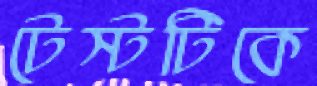
টেস্টটিকে